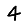
Digit: 4